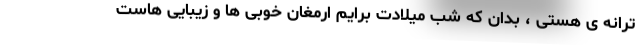
ترانه ی هستی ، بدان که شب میلادت برایم ارمغان خوبی ها و زیبایی هاست